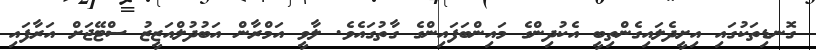
ގޮނޑިތަކުގައި އިށީދެލައިގެންތިބީ އެކުދިންގެ މައިންބަފައިންގެ ގާތުގައެވެ. ލާވީ އަމްރާން އަބުދުލްއަޒީޒު ސްޓޭޖަށް އަރާފައި